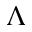
\Lambda